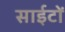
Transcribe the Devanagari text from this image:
साईटों